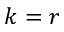
k = r